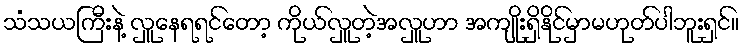
သံသယကြီးနဲ့ လှူနေရရင်တော့ ကိုယ်လှူတဲ့အလှူဟာ အကျိုးရှိနိုင်မှာမဟုတ်ပါဘူးရှင်။